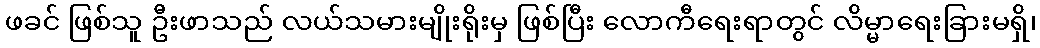
ဖခင် ဖြစ်သူ ဦးဖာသည် လယ်သမားမျိုးရိုးမှ ဖြစ်ပြီး လောကီရေးရာတွင် လိမ္မာရေးခြားမရှိ၊